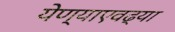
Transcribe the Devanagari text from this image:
येण्याएवढ्या